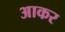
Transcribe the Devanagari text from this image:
अाकर